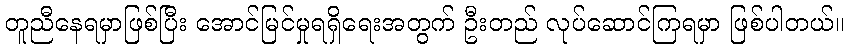
တူညီနေရမှာဖြစ်ပြီး အောင်မြင်မှုရရှိရေးအတွက် ဦးတည် လုပ်ဆောင်ကြရမှာ ဖြစ်ပါတယ်။